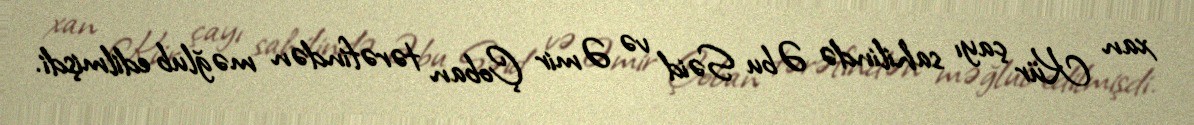
xan Kür çayı sahilində Əbu Səid və Əmir Çoban tərəfindən məğlub edilmişdi.